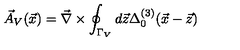
\vec { A } _ { V } ( \vec { x } ) = \vec { \nabla } \times \oint _ { \Gamma _ { V } } d \vec { z } \Delta _ { 0 } ^ { ( 3 ) } ( \vec { x } - \vec { z } )